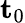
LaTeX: \mathbf{t}_{0}